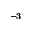
^ { - 3 }